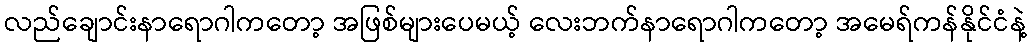
လည်ချောင်းနာရောဂါကတော့ အဖြစ်များပေမယ့် လေးဘက်နာရောဂါကတော့ အမေရ်ကန်နိုင်ငံနဲ့